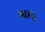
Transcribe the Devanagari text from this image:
महतु।